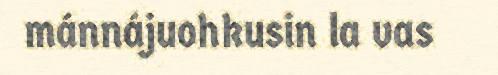
mánnájuohkusin la vas